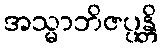
အသ္မာဘိဇပ္ပန္တိ